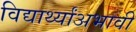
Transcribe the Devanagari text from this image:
विद्यार्थ्यांअभावी